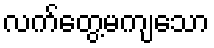
လက်တွေ့မကျသော